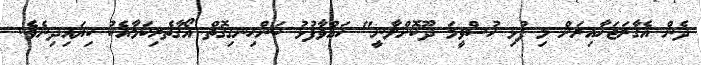
ދެން އެގާރަޖަހާއިރަށް މި ފުޅި ހުސްވީމަ ދޫކޮށްލާނީ" ހައްވާފުޅު ކަންހިނގިގޮތް އޯގާތެރިކަމާއެކު ކިޔައިދިނެވެ.